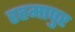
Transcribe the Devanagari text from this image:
रहमापुर